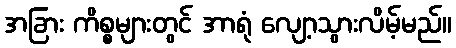
အခြား ကိစ္စများတွင် အာရုံ လျော့သွားလိမ့်မည်။